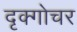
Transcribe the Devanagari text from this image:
दृक्गोचर